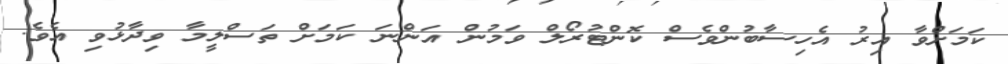
ކަމަށްވާ އިރު އެހިސާބުންވެސް ކޮންޓުރޯލް ވަމުން އަންނަ ކަމަށް ތަސްލީމާ ވިދާޅުވި އެވެ.